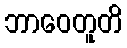
ဘာဝေတူတိ